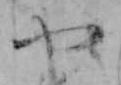
や